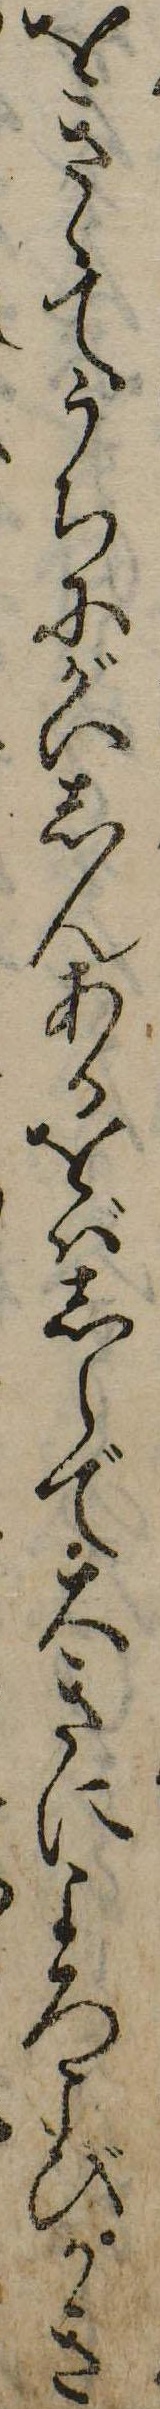
をきゝてうちにがいしんあるをばしらで大きによろこびかき